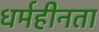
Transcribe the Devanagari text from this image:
धर्महीनता